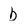
Character: b